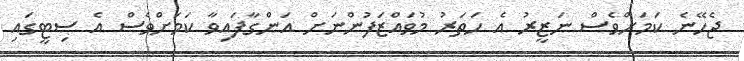
ޖެހޭނެ ކަމަށްވެސް ނަޒީރު އެ ހަތަރު މުވައްޒަފުންނަށް އަންގާފައިވާ ކަމަށްވެސް އެ ސިޓީގައި